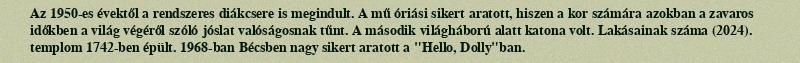
Az 1950-es évektől a rendszeres diákcsere is megindult. A mű óriási sikert aratott, hiszen a kor számára azokban a zavaros időkben a világ végéről szóló jóslat valóságosnak tűnt. A második világháború alatt katona volt. Lakásainak száma (2024). templom 1742-ben épült. 1968-ban Bécsben nagy sikert aratott a "Hello, Dolly"ban.